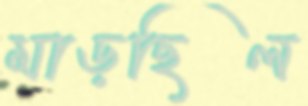
মাড়ছিল